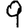
Digit: 9